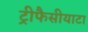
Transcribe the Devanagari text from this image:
ट्रीफैसीयाटा